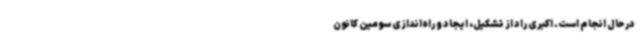
درحال انجام است. اکبری راد از تشکیل، ایجاد و راه‌اندازی سومین کانون